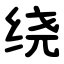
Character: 绕